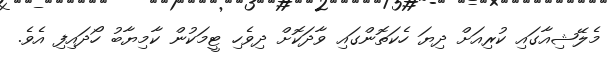
މެލޭޝިއާގައި ކުރިއަށް ދިޔަ ހެކަތޮންގައި ވާދަކޮށް ދިވެހި ޓީމަކުން ކާމިޔާބު ހޯދައިފި އެވެ.